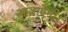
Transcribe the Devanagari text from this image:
आजाऐंगी।